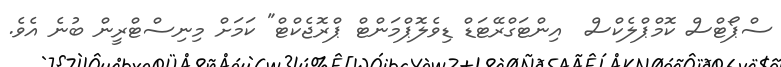
ސްޕޯޓްސް ކޮމްޕްލެކްސް  އިންޓަގްރޭޓަޑް ޑިވެލޮޕްމަންޓް ޕްރޮޖެކްޓް" ކަމަށް މިނިސްޓްރީން ބުނެ އެވެ.